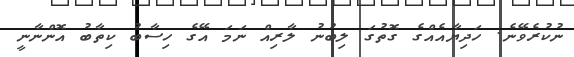
ނުކުރެވޭނެ. ހަދިޔާއެއްގެ ގޮތުގަ ލިބުނު ލާރިއް ނަމަ އޭގެ ހިސާބު ކިތާބު އޮންނާނީ